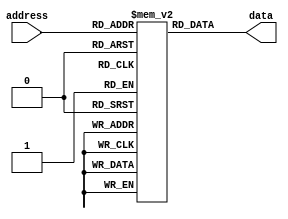
module fuse_ROM (
    input wire [address_width-1:0] address,
    output reg [data_width-1:0] data
);

parameter mem_blocks = 4; // Number of memory blocks
parameter block_size = 8; // Size of each block
parameter data_width = 8; // Width of each data value stored in blocks
parameter address_width = $clog2(mem_blocks * block_size); // Address width

reg [data_width-1:0] memory [0:mem_blocks*block_size-1];

initial begin
    // Data values stored in each memory block
    memory[0] = 8'b00000001;
    memory[1] = 8'b00000010;
    // Add more data values as needed
end

always @* begin
    // Accessing the data values based on the address
    data = memory[address];
end

endmodule